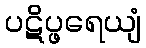
ပဋိပ္ဖရေယျံ